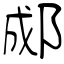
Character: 郕